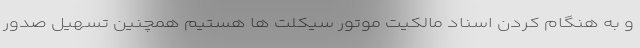
و به هنگام کردن اسناد مالکیت موتور سیکلت ها هستیم همچنین تسهیل صدور